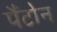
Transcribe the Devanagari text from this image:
पैंटोन